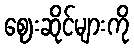
ဈေးဆိုင်များကို